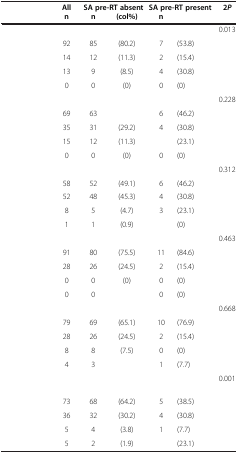
<table><thead><tr><td>[EMPTY_CELL]</td><td><b>All</b></td><td colspan="2"><b>SA pre-RT absent</b></td><td colspan="2"><b>SA pre-RT present</b></td><td><b>2<i>P</i></b></td></tr><tr><td>[EMPTY_CELL]</td><td><b>n</b></td><td><b>n</b></td><td><b>(col%)</b></td><td><b>n</b></td><td>[EMPTY_CELL]</td><td>[EMPTY_CELL]</td></tr></thead><tbody><tr><td>[EMPTY_CELL]</td><td>[EMPTY_CELL]</td><td>[EMPTY_CELL]</td><td>[EMPTY_CELL]</td><td>[EMPTY_CELL]</td><td>[EMPTY_CELL]</td><td>0.013</td></tr><tr><td>[EMPTY_CELL]</td><td>92</td><td>85</td><td>(80.2)</td><td>7</td><td>(53.8)</td><td>[EMPTY_CELL]</td></tr><tr><td>[EMPTY_CELL]</td><td>14</td><td>12</td><td>(11.3)</td><td>2</td><td>(15.4)</td><td>[EMPTY_CELL]</td></tr><tr><td>[EMPTY_CELL]</td><td>13</td><td>9</td><td>(8.5)</td><td>4</td><td>(30.8)</td><td>[EMPTY_CELL]</td></tr><tr><td>[EMPTY_CELL]</td><td>0</td><td>0</td><td>(0)</td><td>0</td><td>(0)</td><td>[EMPTY_CELL]</td></tr><tr><td>[EMPTY_CELL]</td><td>[EMPTY_CELL]</td><td>[EMPTY_CELL]</td><td>[EMPTY_CELL]</td><td>[EMPTY_CELL]</td><td>[EMPTY_CELL]</td><td>0.228</td></tr><tr><td>[EMPTY_CELL]</td><td>69</td><td>63</td><td>[EMPTY_CELL]</td><td>6</td><td>(46.2)</td><td>[EMPTY_CELL]</td></tr><tr><td>[EMPTY_CELL]</td><td>35</td><td>31</td><td>(29.2)</td><td>4</td><td>(30.8)</td><td>[EMPTY_CELL]</td></tr><tr><td>[EMPTY_CELL]</td><td>15</td><td>12</td><td>(11.3)</td><td>[EMPTY_CELL]</td><td>(23.1)</td><td>[EMPTY_CELL]</td></tr><tr><td>[EMPTY_CELL]</td><td>0</td><td>0</td><td>(0)</td><td>0</td><td>(0)</td><td>[EMPTY_CELL]</td></tr><tr><td>[EMPTY_CELL]</td><td>[EMPTY_CELL]</td><td>[EMPTY_CELL]</td><td>[EMPTY_CELL]</td><td>[EMPTY_CELL]</td><td>[EMPTY_CELL]</td><td>0.312</td></tr><tr><td>[EMPTY_CELL]</td><td>58</td><td>52</td><td>(49.1)</td><td>6</td><td>(46.2)</td><td>[EMPTY_CELL]</td></tr><tr><td>[EMPTY_CELL]</td><td>52</td><td>48</td><td>(45.3)</td><td>4</td><td>(30.8)</td><td>[EMPTY_CELL]</td></tr><tr><td>[EMPTY_CELL]</td><td>8</td><td>5</td><td>(4.7)</td><td>3</td><td>(23.1)</td><td>[EMPTY_CELL]</td></tr><tr><td>[EMPTY_CELL]</td><td>1</td><td>1</td><td>(0.9)</td><td>[EMPTY_CELL]</td><td>(0)</td><td>[EMPTY_CELL]</td></tr><tr><td>[EMPTY_CELL]</td><td>[EMPTY_CELL]</td><td>[EMPTY_CELL]</td><td>[EMPTY_CELL]</td><td>[EMPTY_CELL]</td><td>[EMPTY_CELL]</td><td>0.463</td></tr><tr><td>[EMPTY_CELL]</td><td>91</td><td>80</td><td>(75.5)</td><td>11</td><td>(84.6)</td><td>[EMPTY_CELL]</td></tr><tr><td>[EMPTY_CELL]</td><td>28</td><td>26</td><td>(24.5)</td><td>2</td><td>(15.4)</td><td>[EMPTY_CELL]</td></tr><tr><td>[EMPTY_CELL]</td><td>0</td><td>0</td><td>(0)</td><td>0</td><td>(0)</td><td>[EMPTY_CELL]</td></tr><tr><td>[EMPTY_CELL]</td><td>0</td><td>0</td><td>[EMPTY_CELL]</td><td>0</td><td>(0)</td><td>[EMPTY_CELL]</td></tr><tr><td>[EMPTY_CELL]</td><td>[EMPTY_CELL]</td><td>[EMPTY_CELL]</td><td>[EMPTY_CELL]</td><td>[EMPTY_CELL]</td><td>[EMPTY_CELL]</td><td>0.668</td></tr><tr><td>[EMPTY_CELL]</td><td>79</td><td>69</td><td>(65.1)</td><td>10</td><td>(76.9)</td><td>[EMPTY_CELL]</td></tr><tr><td>[EMPTY_CELL]</td><td>28</td><td>26</td><td>(24.5)</td><td>2</td><td>(15.4)</td><td>[EMPTY_CELL]</td></tr><tr><td>[EMPTY_CELL]</td><td>8</td><td>8</td><td>(7.5)</td><td>0</td><td>(0)</td><td>[EMPTY_CELL]</td></tr><tr><td>[EMPTY_CELL]</td><td>4</td><td>3</td><td>[EMPTY_CELL]</td><td>1</td><td>(7.7)</td><td>[EMPTY_CELL]</td></tr><tr><td>[EMPTY_CELL]</td><td>[EMPTY_CELL]</td><td>[EMPTY_CELL]</td><td>[EMPTY_CELL]</td><td>[EMPTY_CELL]</td><td>[EMPTY_CELL]</td><td>0.001</td></tr><tr><td>[EMPTY_CELL]</td><td>73</td><td>68</td><td>(64.2)</td><td>5</td><td>(38.5)</td><td>[EMPTY_CELL]</td></tr><tr><td>[EMPTY_CELL]</td><td>36</td><td>32</td><td>(30.2)</td><td>4</td><td>(30.8)</td><td>[EMPTY_CELL]</td></tr><tr><td>[EMPTY_CELL]</td><td>5</td><td>4</td><td>(3.8)</td><td>1</td><td>(7.7)</td><td>[EMPTY_CELL]</td></tr><tr><td>[EMPTY_CELL]</td><td>5</td><td>2</td><td>(1.9)</td><td>[EMPTY_CELL]</td><td>(23.1)</td><td>[EMPTY_CELL]</td></tr></tbody></table>